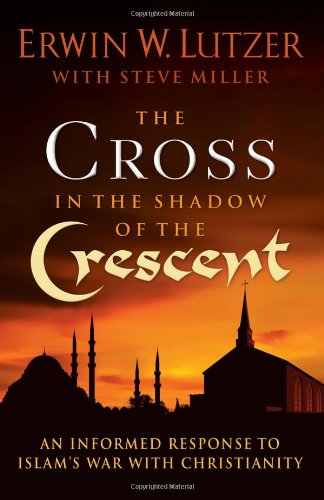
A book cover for The Cross in the Shadow of the Crescent: An Informed Response to Islam's War with Christianity; Erwin W. Lutzer; Christian Books & Bibles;